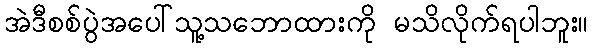
အဲဒီစစ်ပွဲအပေါ်သူ့သဘောထားကို မသိလိုက်ရပါဘူး။